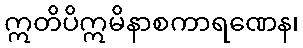
ဣတိပိဣမိနာစကာရဏေန၊